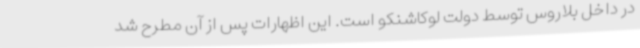
در داخل بلاروس توسط دولت لوکاشنکو است. این اظهارات پس از آن مطرح شد